Leaving Certificate Examination, 1911. Written examination, 1911
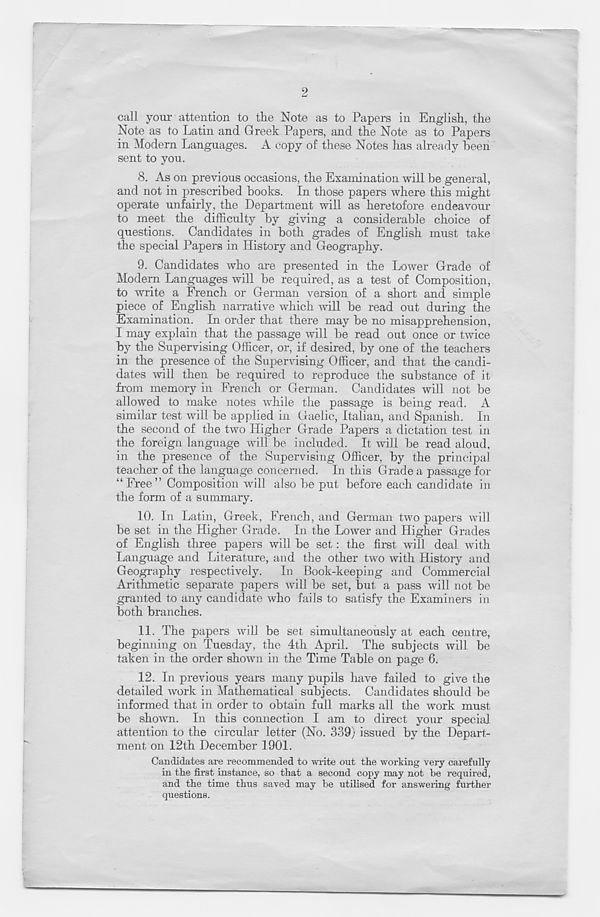
call your attention to the Note as to Papers in English, the
Note as to Latin and Greek Papers, and the Note as to Papers
in Modern Languages. A copy of these Notes has already been
sent to you.
8. As on previous occasions, the Examination will be general,
and not in prescribed books. In those papers where this might
operate unfairly, the Department will as heretofore endeavour
to meet the difficulty by giving a considerable choice of
questions. Candidates in both grades of English must take
the special Papers in History and Geography.
9. Candidates who are presented in the Lower Grade of
Modern Languages will be required, as a test of Composition,
to write a French or German version of a short and simple
piece of English narrative which will be read out during the
Examination. In order that there may be no misapprehension,
I may explain that the passage will be read out once or twice
by the Supervising Officer, or, if desired, by one of the teachers
in the presence of the Supervising Officer, and that the candi-
dates will then be required to reproduce the substance of it
from memory in French or German. Candidates will not be
allowed to make notes while the passage is being read. A
similar test will be applied in Gaelic, Italian, and Spanish. In
the second of the two Higher Grade Papers a dictation test in
the foreign language will be included. It will be read aloud,
in the presence of the Supervising Officer, by the principal
teacher of the language concerned. In this Grade a passage for
“Free” Composition will also be put before each candidate in
the form of a summary.
10. In Latin, Greek, French, and German two papers will
be set in the Higher Grade. In the Lower and Higher Grades
of English three papers will be set: the first will deal with
Language and Literature, and the other two with History and
Geography respectively. In Book-keeping and Commercial
Arithmetic separate papers will be set, but a pass will not be
granted to any candidate who fails to satisfy the Examiners in
both branches.
11. The papers will be set simultaneously at each centre,
beginning on Tuesday, the 4th April. The subjects will be
taken in the order shown in the Time Table on page 6.
12. In previous years many pupils have failed to give the
detailed work in Mathematical subjects. Candidates should be
informed that in order to obtain full marks all the work must
be shown. In this connection I am to direct your special
attention to the circular letter (No. 339) issued by the Depart-
ment on 12th December 1901.
Candidates are recommended to write out the working very carefully
in the first instance, so that a second copy may not he required,
and the time thus saved may he utilised for answering further
questions.